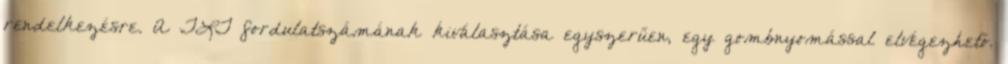
rendelkezésre. A TLT fordulatszámának kiválasztása egyszerűen, egy gombnyomással elvégezhető.